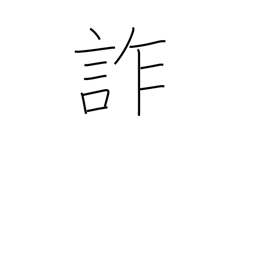
Meaning: deceive